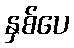
နှစ်ပေ